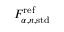
F _ { \alpha , n , \mathrm { s t d } } ^ { \mathrm { r e f } }